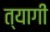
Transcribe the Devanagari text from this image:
त्यागीं